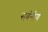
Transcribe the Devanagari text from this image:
सर्वंगीण